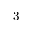
3